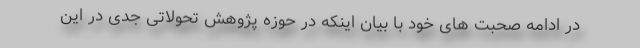
در ادامه صحبت های خود با بیان اینکه در حوزه پژوهش تحولاتی جدی در این